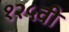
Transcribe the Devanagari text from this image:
१२५वी